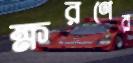
ক্ষরণের